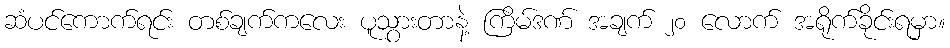
ဆံပင်ကောက်ရင်း တစ်ချက်ကလေး ပူသွားတာနဲ့ ကြိမ်ဒဏ် အချက် ၂၀ လောက် အရိုက်ခိုင်းရမှာ။